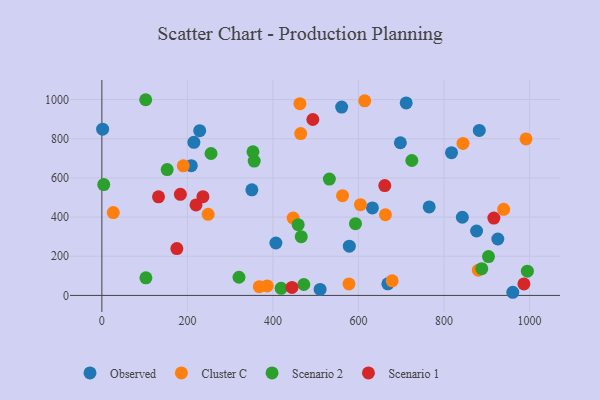
{"axis": {"x": "Ad Spend", "y": "Rating"}, "legend": ["Cluster C", "Observed", "Scenario 1", "Scenario 2"], "data": [{"x": "1.8", "y": 848.8, "type": "Observed"}, {"x": "843.0", "y": 398.9, "type": "Observed"}, {"x": "228.8", "y": 840.9, "type": "Observed"}, {"x": "209.1", "y": 662.5, "type": "Observed"}, {"x": "510.4", "y": 30.5, "type": "Observed"}, {"x": "407.0", "y": 267.5, "type": "Observed"}, {"x": "578.7", "y": 251.3, "type": "Observed"}, {"x": "882.6", "y": 842.4, "type": "Observed"}, {"x": "711.7", "y": 982.7, "type": "Observed"}, {"x": "215.2", "y": 781.5, "type": "Observed"}, {"x": "765.5", "y": 451.7, "type": "Observed"}, {"x": "350.8", "y": 539.0, "type": "Observed"}, {"x": "876.3", "y": 328.9, "type": "Observed"}, {"x": "926.0", "y": 288.1, "type": "Observed"}, {"x": "698.1", "y": 779.3, "type": "Observed"}, {"x": "961.0", "y": 16.0, "type": "Observed"}, {"x": "560.8", "y": 961.7, "type": "Observed"}, {"x": "668.8", "y": 58.9, "type": "Observed"}, {"x": "817.7", "y": 728.5, "type": "Observed"}, {"x": "632.7", "y": 446.5, "type": "Observed"}, {"x": "604.7", "y": 463.4, "type": "Cluster C"}, {"x": "465.0", "y": 826.3, "type": "Cluster C"}, {"x": "614.7", "y": 993.3, "type": "Cluster C"}, {"x": "577.9", "y": 58.4, "type": "Cluster C"}, {"x": "368.3", "y": 44.7, "type": "Cluster C"}, {"x": "463.2", "y": 978.8, "type": "Cluster C"}, {"x": "678.9", "y": 74.4, "type": "Cluster C"}, {"x": "562.8", "y": 509.2, "type": "Cluster C"}, {"x": "26.7", "y": 422.9, "type": "Cluster C"}, {"x": "663.2", "y": 411.8, "type": "Cluster C"}, {"x": "248.6", "y": 413.9, "type": "Cluster C"}, {"x": "844.5", "y": 776.1, "type": "Cluster C"}, {"x": "386.8", "y": 48.4, "type": "Cluster C"}, {"x": "991.9", "y": 799.1, "type": "Cluster C"}, {"x": "447.4", "y": 394.8, "type": "Cluster C"}, {"x": "190.5", "y": 661.3, "type": "Cluster C"}, {"x": "880.5", "y": 128.6, "type": "Cluster C"}, {"x": "939.6", "y": 439.3, "type": "Cluster C"}, {"x": "724.9", "y": 688.7, "type": "Scenario 2"}, {"x": "353.4", "y": 733.0, "type": "Scenario 2"}, {"x": "888.4", "y": 136.5, "type": "Scenario 2"}, {"x": "356.3", "y": 685.6, "type": "Scenario 2"}, {"x": "4.4", "y": 565.9, "type": "Scenario 2"}, {"x": "995.1", "y": 123.5, "type": "Scenario 2"}, {"x": "320.7", "y": 92.7, "type": "Scenario 2"}, {"x": "593.1", "y": 366.3, "type": "Scenario 2"}, {"x": "459.1", "y": 361.0, "type": "Scenario 2"}, {"x": "904.2", "y": 198.5, "type": "Scenario 2"}, {"x": "466.3", "y": 300.1, "type": "Scenario 2"}, {"x": "532.0", "y": 593.9, "type": "Scenario 2"}, {"x": "419.2", "y": 36.4, "type": "Scenario 2"}, {"x": "152.8", "y": 642.3, "type": "Scenario 2"}, {"x": "472.3", "y": 55.7, "type": "Scenario 2"}, {"x": "102.5", "y": 999.0, "type": "Scenario 2"}, {"x": "103.0", "y": 90.0, "type": "Scenario 2"}, {"x": "255.3", "y": 724.5, "type": "Scenario 2"}, {"x": "916.7", "y": 394.6, "type": "Scenario 1"}, {"x": "661.6", "y": 560.8, "type": "Scenario 1"}, {"x": "493.4", "y": 898.1, "type": "Scenario 1"}, {"x": "444.6", "y": 40.8, "type": "Scenario 1"}, {"x": "175.4", "y": 239.1, "type": "Scenario 1"}, {"x": "183.6", "y": 516.2, "type": "Scenario 1"}, {"x": "987.0", "y": 58.7, "type": "Scenario 1"}, {"x": "220.2", "y": 461.9, "type": "Scenario 1"}, {"x": "236.4", "y": 503.8, "type": "Scenario 1"}, {"x": "132.5", "y": 503.4, "type": "Scenario 1"}]}